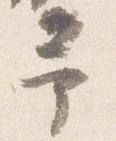
予